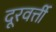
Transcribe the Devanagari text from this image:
दूरवर्त्ती